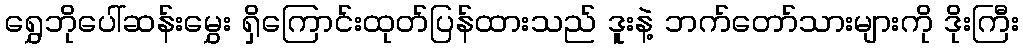
ရွှေဘိုပေါ်ဆန်းမွှေး ရှိကြောင်းထုတ်ပြန်ထားသည် ဒူးနဲ့ ဘက်တော်သားများကို ဒိုးကြီး